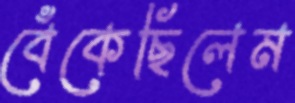
বেঁকেছিলেম